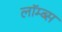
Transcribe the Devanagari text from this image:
लॉम्ब्स